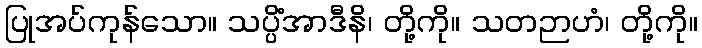
ပြုအပ်ကုန်သော။ သပ္ပိံအာဒီနိ၊ တို့ကို။ သတဉာဟံ၊ တို့ကို။